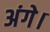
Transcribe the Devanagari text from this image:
अंगे।